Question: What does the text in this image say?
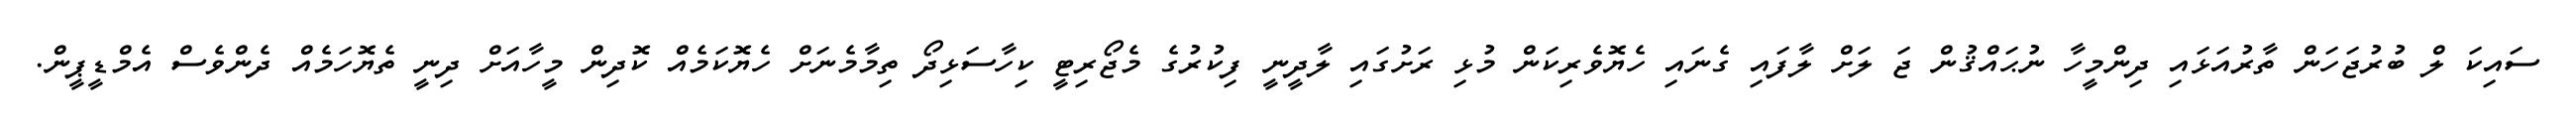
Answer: ސައިކަ ލް ބުރުޖަހަން ތާރުއަޅައި ދިންމީހާ ނުޙައްޤުން ޖަ ލަށް ލާފައި ގެނައި ހެޔޮވެރިކަން މުޅި ރަށުގައި ލާދީނީ ފިކުރުގެ މެޖޯރިޓީ ކިހާސަޅިދޯ ތިމާމެނަށް ހެޔޮކަމެއް ކޮދިން މީހާއަށް ދިނީ ތެޔޮހަމެއް ދެންވެސް އެމްޑީޕީން.